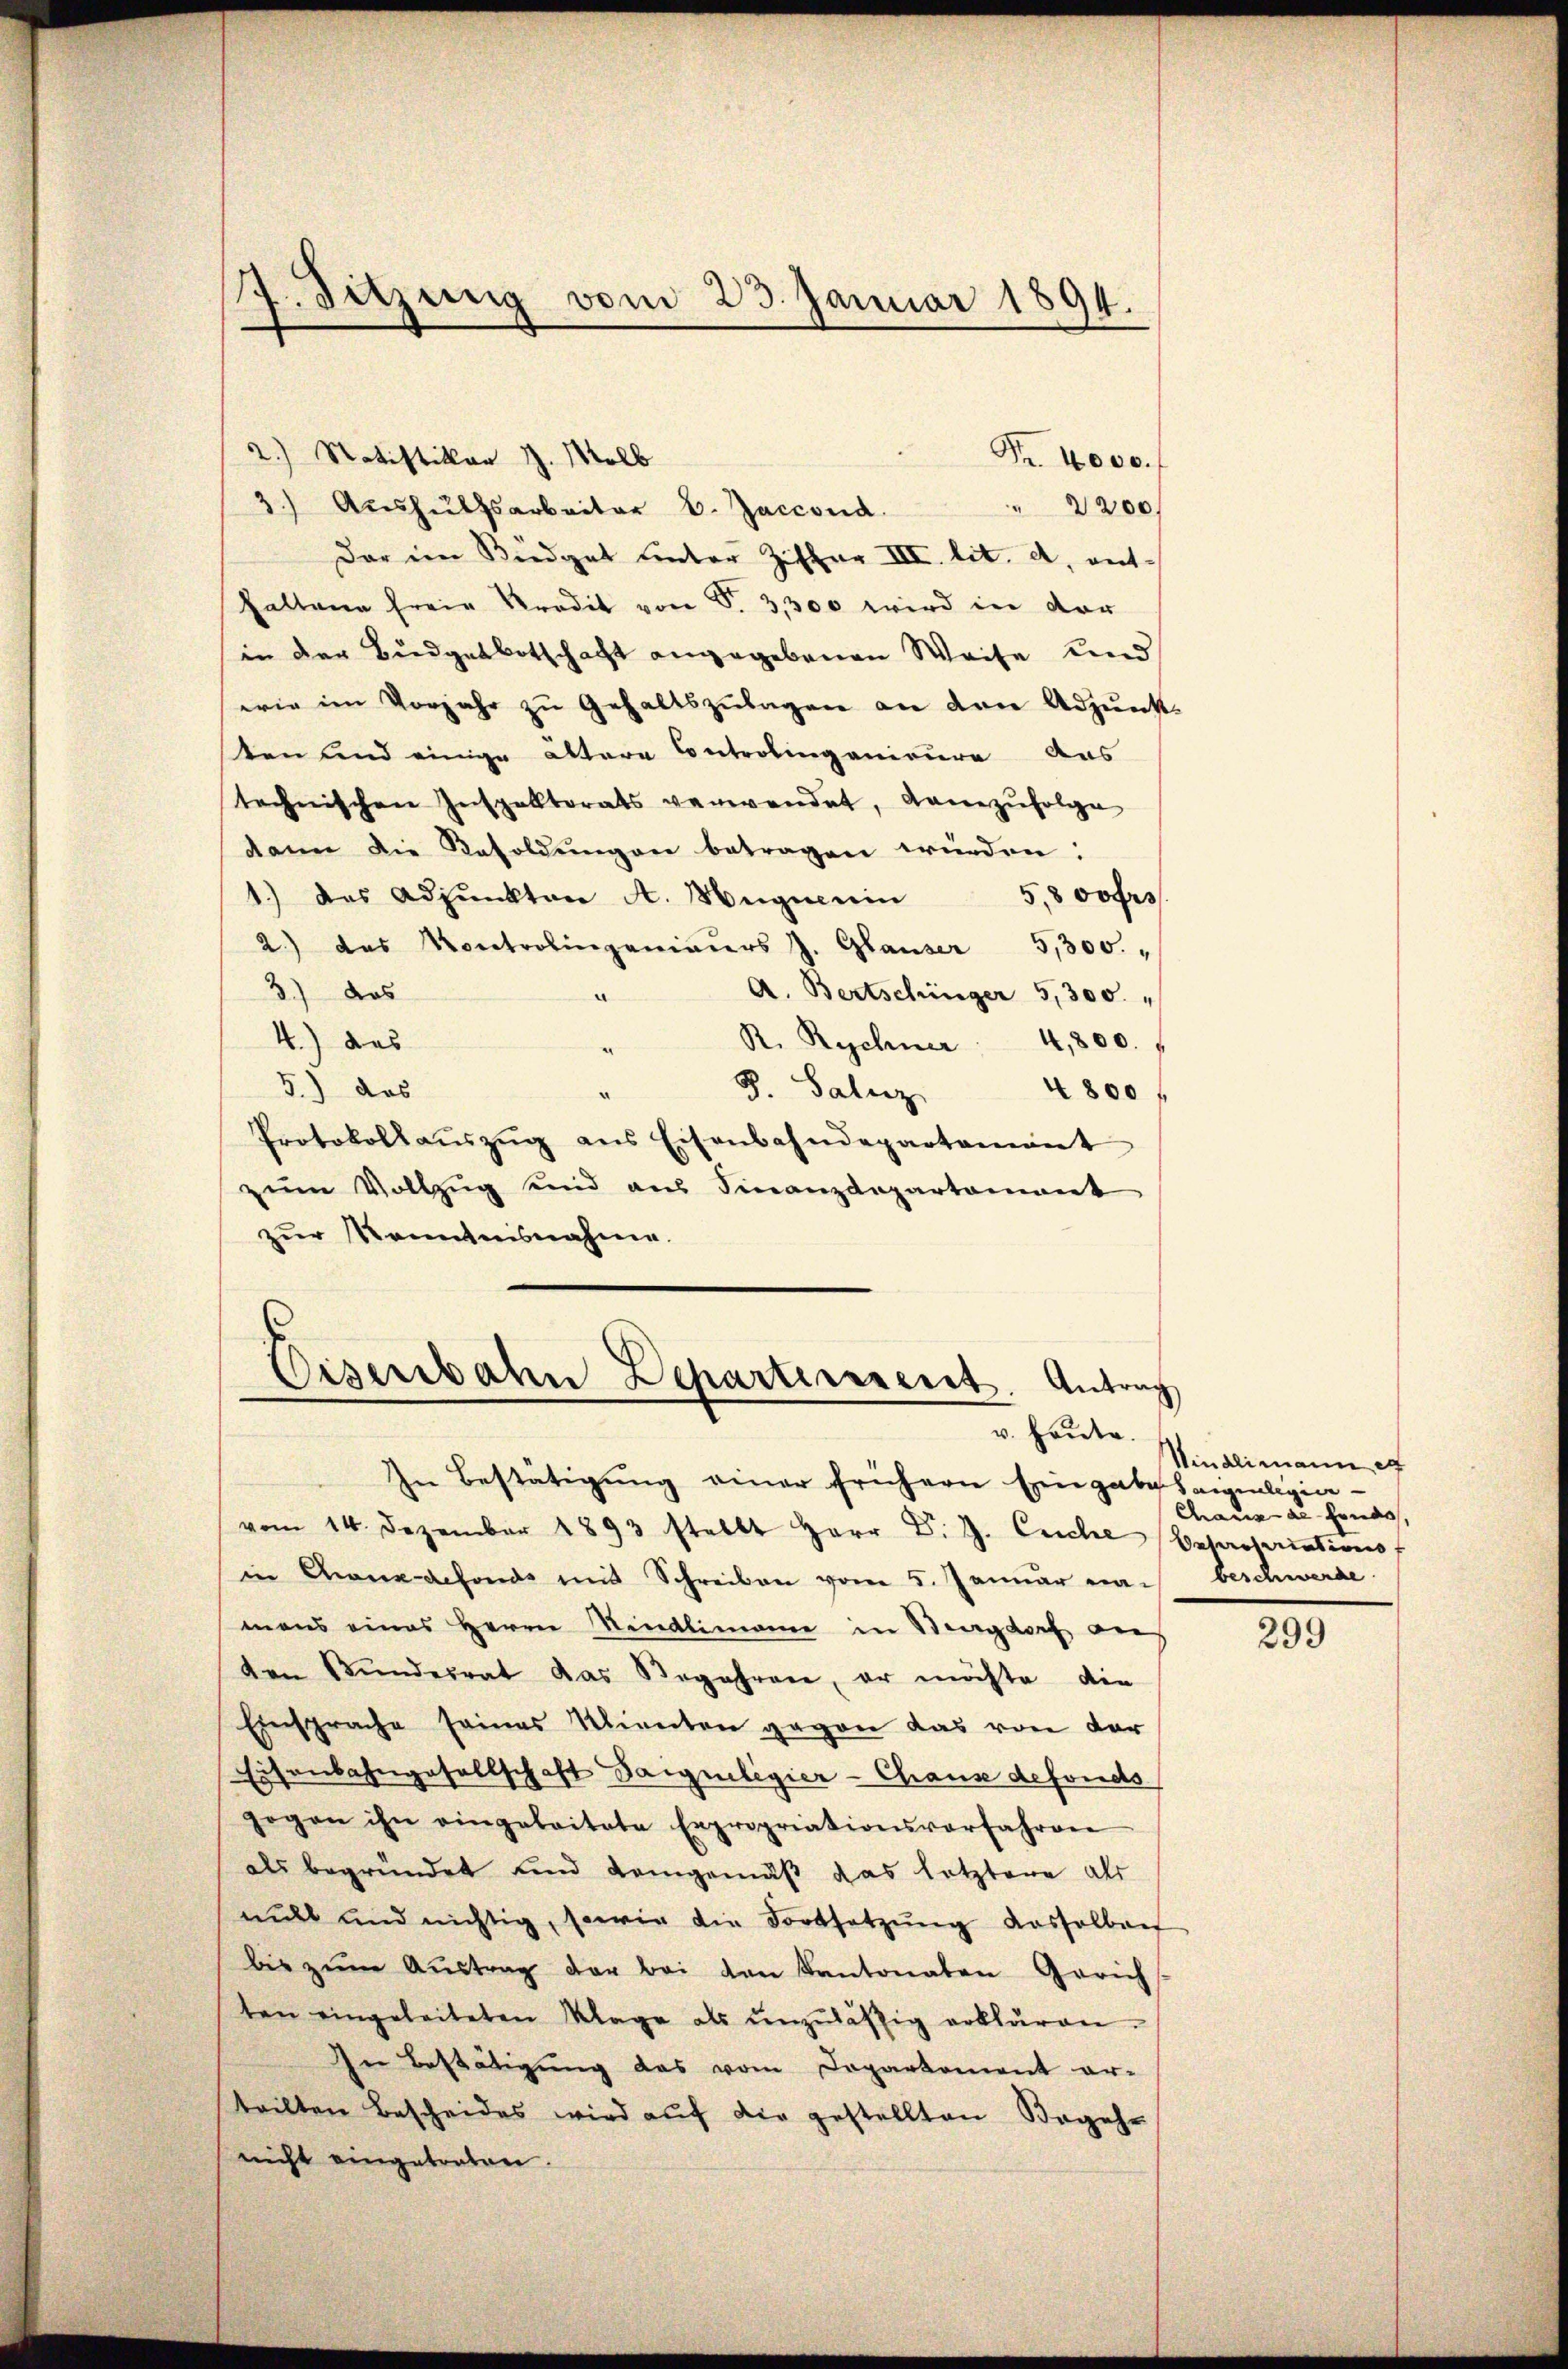
2.) Statistikar J. Molb
Fr. 4000.
2200
3.) Aushülfsarbeiter E. Zaccond
Dar im Büdget unter Ziffer III. lit. a, ent¬
Haltene freie Predit von S. 3,300 wird in vor
in der Budgetbotschaft angegebenen Weise und
wie im Vorjahr zŭ Gehaltszŭlagen an den Adjunk-
ten und einige ältere Controlingenieure das
technischen Inspektorats verwendet, dannzŭfolge
dann die Resoldungen betragen würden:
1.) das Adjunkten A. Magnerin 5,800 frs
2.) das Kontrolingenieŭrs J. Glauser 5,300.
3.) Das
A. Bertschinger 5,300. "
a
4.) Das
R. Rechner 4,800.
5.) das
S. Galiz
4800 f
Protokollaŭszŭg ans Eisenbahndepartement
zŭm Vollzug sind aus Finanzdepartamant
zur Kenntnisnahme.

7. Sitzung vom 23. Januar 1894.

Eisenbahn Departiesseret. Antrag
v. Heute.

In Bestätigŭng einer frühern Eingabe seigel
vom 14. Dezember 1893 stellt Herr Dr. J. Criche Besprosariation
in Ganz alfonds mit Schreiben vom 5. Januar nach beschwerde.
mans eines Herrn Mindlimanne in Bagdorf auf
ten Bŭndesrat das Begehren, er möchte die
Einsprache seines Minuten gegen das von der
Eisenbahngesellschaft Sargueligier-Chaus defonds
gogen ihn eingeleitete Expropriationsverfahren
als begründet und demgemäß das letztere als
midt und nichtig, sowie die Fortsetzŭng dasselbar
bis zŭm Aŭstrag der bei den Kantonaten Gerich
ten eingeleiteten Klage als unzuläßig erklären.
In Bestätigung das vom Departement ar-
teilten Bescheides wird auf die gestellten Begehr
nicht eingetreten.

Windlimann et
Ferdienen seine einen

299